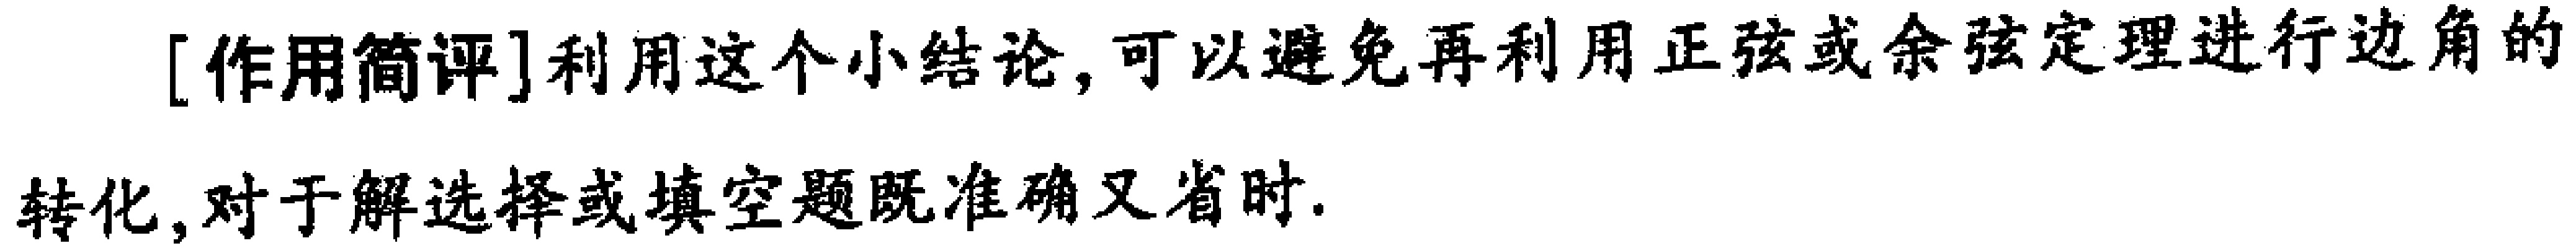
[作用简评]利用这个小结论,可以避免再利用正弦或余弦定理进行边角的转化,对于解选择或填空题既准确又省时.